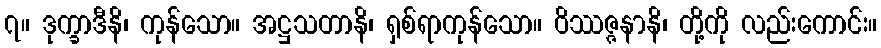
၇။ ဒုက္ခာဒီနိ၊ ကုန်သော။ အဋ္ဌသတာနိ၊ ရှစ်ရာကုန်သော။ ဝိဿဇ္ဇနာနိ၊ တို့ကို လည်းကောင်း။